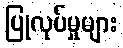
ပြုလုပ်မှုများ